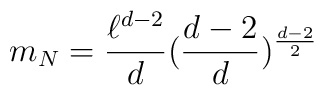
m_{N}=\frac{\ell ^{d-2}}{d}(\frac{d-2}{d})^{\frac{d-2}{2}}